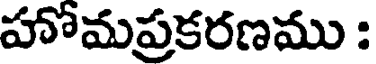
హోమప్రకరణము :